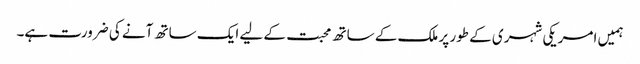
ہمیں امریکی شہری کے طور پر ملک کے ساتھ محبت کے لیے ایک ساتھ آنے کی ضرورت ہے۔